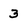
Character: 3